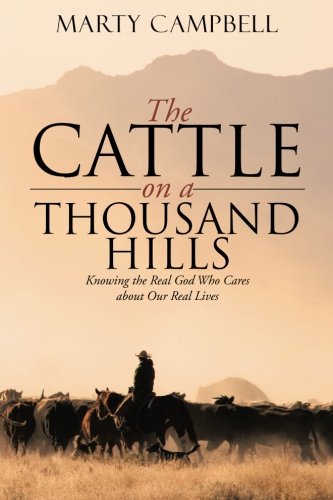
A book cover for The Cattle on a Thousand Hills: Knowing the Real God Who Cares about Our Real Lives; Marty Campbell; Humor & Entertainment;